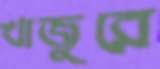
খাজুরে